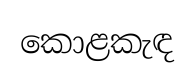
කොළකැඳ